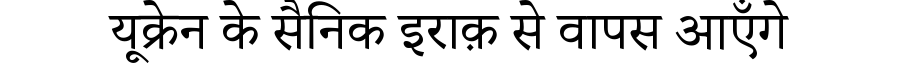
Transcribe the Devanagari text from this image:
यूक्रेन के सैनिक इराक़ से वापस आएँगे